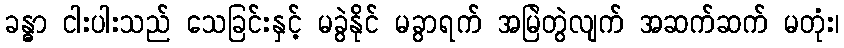
ခန္ဓာ ငါးပါးသည် သေခြင်းနှင့် မခွဲနိုင် မခွာရက် အမြဲတွဲလျက် အဆက်ဆက် မတုံး၊